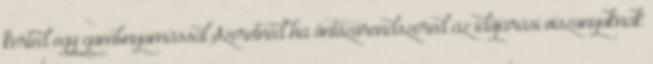
kerted egy gombnyomással Szeretnéd ha öntözőrendszered az időjárási viszonyoknak